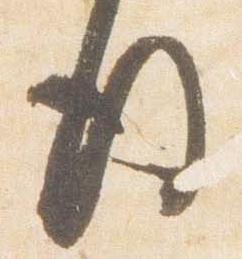
後